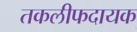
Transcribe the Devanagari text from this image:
तकलीफदायक